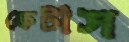
ফেটাস